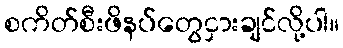
စကိတ်စီးဖိနပ်တွေငှားချင်လို့ပါ။